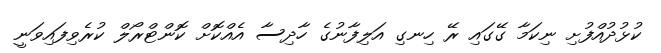
ކުޅުދުއްފުށި ނިކަމާ ގޭގައި ރޭ ހިނގި އަލިފާނުގެ ހާދިސާ އެއްކޮށް ކޮންޓްރޯލް ކުރެވިފައިވަނީ